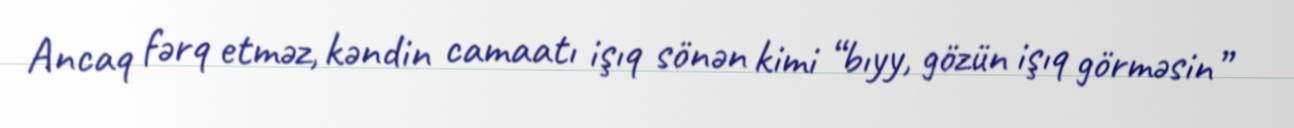
Ancaq fərq etməz, kəndin camaatı işıq sönən kimi “bıyy, gözün işıq görməsin”